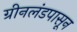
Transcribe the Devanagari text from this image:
ग्रीनलंडपासून